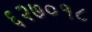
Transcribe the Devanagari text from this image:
६२७०१८